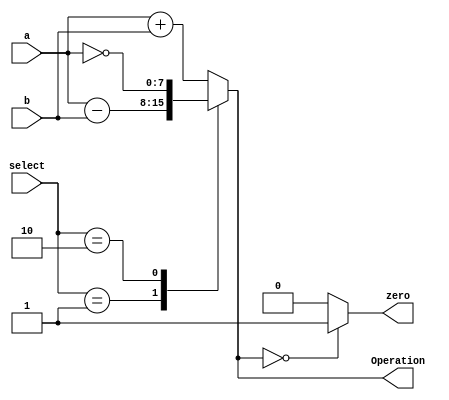
`timescale 1ns / 1ps
//////////////////////////////////////////////////////////////////////////////////
// Company: 
// Engineer: 
// 
// Design Name: 
// Module Name:    ALU 
// Project Name: 
// Target Devices: 
// Tool versions: 
// Description: 
//
// Dependencies: 
//
// Revision: 
// Revision 0.01 - File Created
// Additional Comments: 
//
//////////////////////////////////////////////////////////////////////////////////
module ALU( input  [7:0] a, 
 input  [7:0] b,  
 input  [1:0] select, 
 
 output reg [7:0] Operation,  
 output zero
    );
always @(*)
begin 
 case(select)
 2'b00: Operation = a + b; 
 2'b01: Operation = a - b; 
 2'b10: Operation = ~a;
 
 default:Operation = a + b;
 endcase
end
assign zero = (Operation==8'd0) ? 1'b1: 1'b0;

endmodule